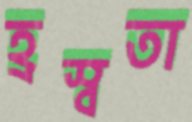
হ্রস্বতা